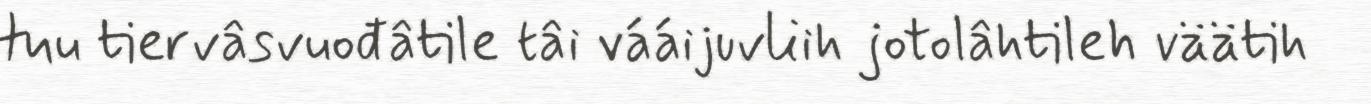
tuu tiervâsvuođâtile tâi vááijuvliih jotolâhtileh väätih